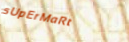
sUpErMaRt